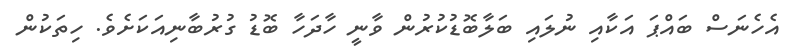
އެހެނަސް ބައްޕަ އަކާއި ނުލައި ބަލާބޮޑުކުރުން ވާނީ ހާދަހާ ބޮޑު ގުރުބާނިއަކަށެވެ. ހިތަކުން